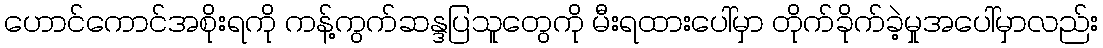
ဟောင်ကောင်အစိုးရကို ကန့်ကွက်ဆန္ဒပြသူတွေကို မီးရထားပေါ်မှာ တိုက်ခိုက်ခဲ့မှုအပေါ်မှာလည်း